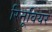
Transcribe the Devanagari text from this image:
रिनूवियर